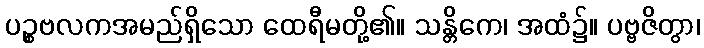
ပဉ္စဗလကအမည်ရှိသော ထေရီမတို့၏။ သန္တိကေ၊ အထံ၌။ ပဗ္ဗဇိတွာ၊